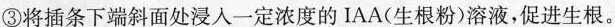
③将插条下端斜面处浸入一定浓度的IAA(生根粉)溶液，促进生根。